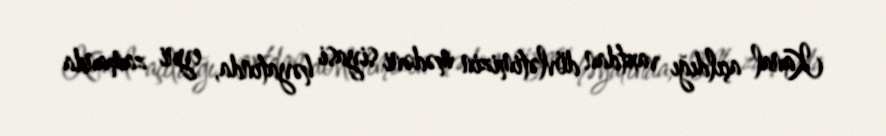
Kanal açıldığı vaxtdan dövlətimizin mədəni siyasi həyatında, eyni zamanda